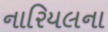
નારિયલના